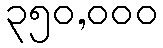
၃၅၀,၀၀၀